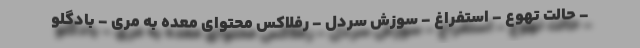
- حالت تهوع - استفراغ - سوزش سردل - رفلاکس محتوای معده به مری - بادگلو